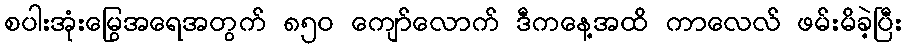
စပါးအုံးမြွေအရေအတွက် ၈၅၀ ကျော်လောက် ဒီကနေ့အထိ ကာလေလ် ဖမ်းမိခဲ့ပြီး